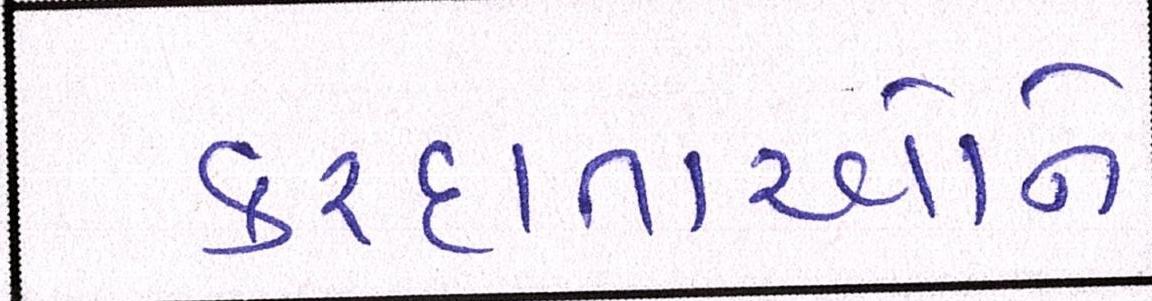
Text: કરદાતાઓને